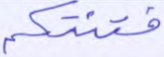
فتنتكم